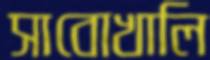
সাবোখালি